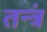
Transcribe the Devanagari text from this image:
तन्त्रं